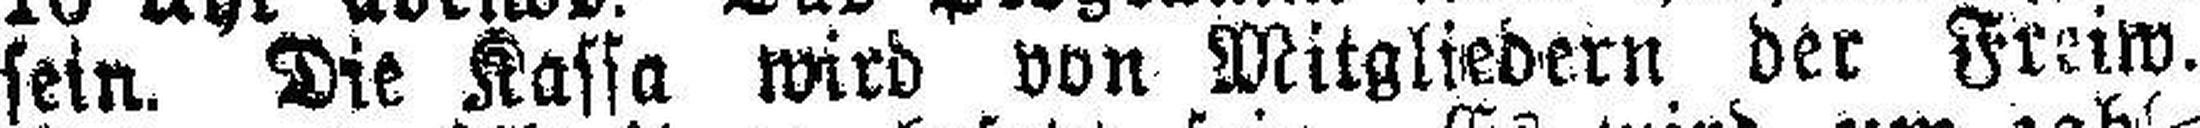
sein. Die Kassa wird von Mitgliedern der Freiw.